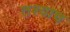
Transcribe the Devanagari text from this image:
तश्याच